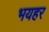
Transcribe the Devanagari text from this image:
भयहर